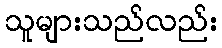
သူများသည်လည်း